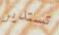
تستدير